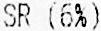
SR (6%)